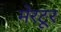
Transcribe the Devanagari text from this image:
मेरटूर